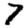
Digit: 7